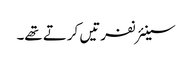
سینئر نفرتیں کرتے تھے۔